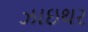
ઝાઇથર